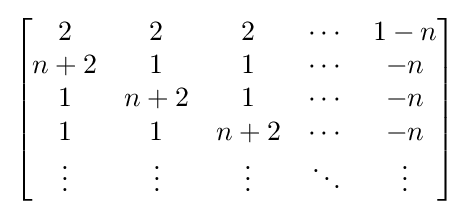
{\begin{bmatrix}2&2&2&\cdots &1-n\\n+2&1&1&\cdots &-n\\1&n+2&1&\cdots &-n\\1&1&n+2&\cdots &-n\\\vdots &\vdots &\vdots &\ddots &\vdots \end{bmatrix}}